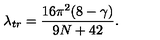
\lambda _ { t r } = \frac { 1 6 \pi ^ { 2 } ( 8 - \gamma ) } { 9 N + 4 2 } .